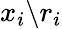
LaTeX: {x}_{i}\backslash{r}_{i}